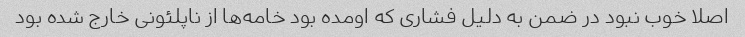
اصلا خوب نبود در ضمن به دلیل فشاری که اومده بود خامه‌ها از ناپلئونی خارج شده بود